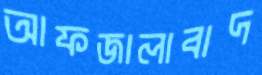
আফজালাবাদ